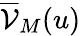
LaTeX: \overline{{\mathcal{V}}}_{M}(u)